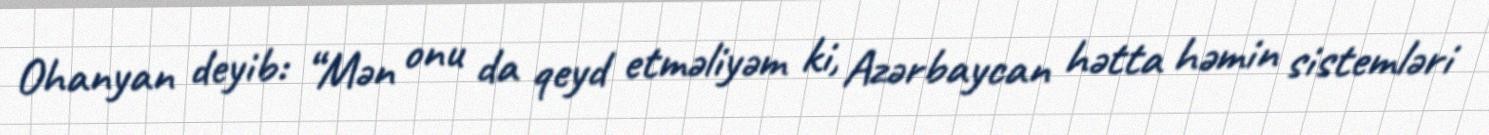
Ohanyan deyib: “Mən onu da qeyd etməliyəm ki, Azərbaycan hətta həmin sistemləri